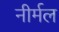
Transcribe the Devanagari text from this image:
नीर्मल